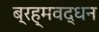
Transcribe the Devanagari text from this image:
ब्रह्मवद्धन